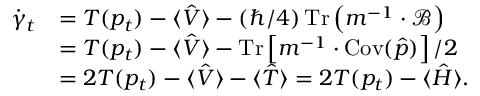
\begin{array} { r l } { \dot { \gamma } _ { t } } & { = T ( p _ { t } ) - \langle \hat { V } \rangle - ( \hbar / 4 ) \operatorname { T r } \left( m ^ { - 1 } \cdot \mathcal { B } \right) } \\ & { = T ( p _ { t } ) - \langle \hat { V } \rangle - \operatorname { T r } \left[ m ^ { - 1 } \cdot \operatorname { C o v } ( \hat { p } ) \right] / 2 } \\ & { = 2 T ( p _ { t } ) - \langle \hat { V } \rangle - \langle \hat { T } \rangle = 2 T ( p _ { t } ) - \langle \hat { H } \rangle . } \end{array}